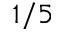
1 / 5